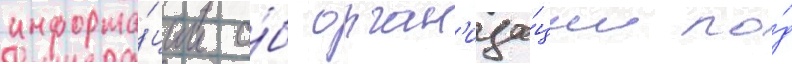
информа́ции о́б орган'иза́ции по́д